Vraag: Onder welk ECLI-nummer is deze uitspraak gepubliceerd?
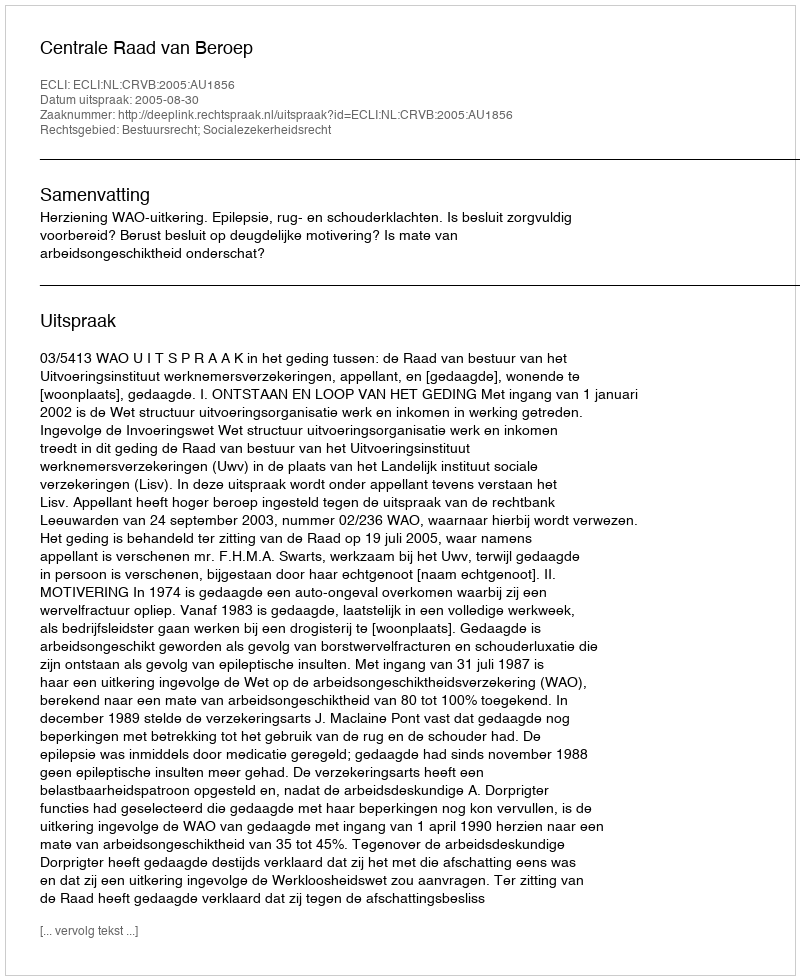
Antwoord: ECLI:NL:CRVB:2005:AU1856